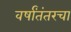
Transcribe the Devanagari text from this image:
वर्षांतंतरचा